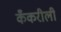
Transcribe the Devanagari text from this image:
कँकरीली